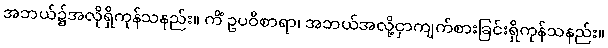
အဘယ်၌အလိုရှိကုန်သနည်း။ ကိံ ဥပဝိစာရာ၊ အဘယ်အလို့ငှာကျက်စားခြင်းရှိကုန်သနည်း။